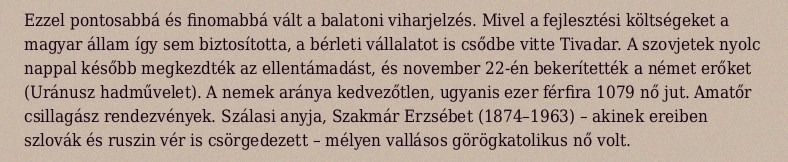
Ezzel pontosabbá és finomabbá vált a balatoni viharjelzés. Mivel a fejlesztési költségeket a magyar állam így sem biztosította, a bérleti vállalatot is csődbe vitte Tivadar. A szovjetek nyolc nappal később megkezdték az ellentámadást, és november 22-én bekerítették a német erőket (Uránusz hadművelet). A nemek aránya kedvezőtlen, ugyanis ezer férfira 1079 nő jut. Amatőr csillagász rendezvények. Szálasi anyja, Szakmár Erzsébet (1874–1963) – akinek ereiben szlovák és ruszin vér is csörgedezett – mélyen vallásos görögkatolikus nő volt.